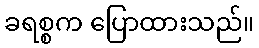
ခရစ္စက ပြောထားသည်။